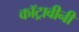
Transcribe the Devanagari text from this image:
कॉट्रावीनी